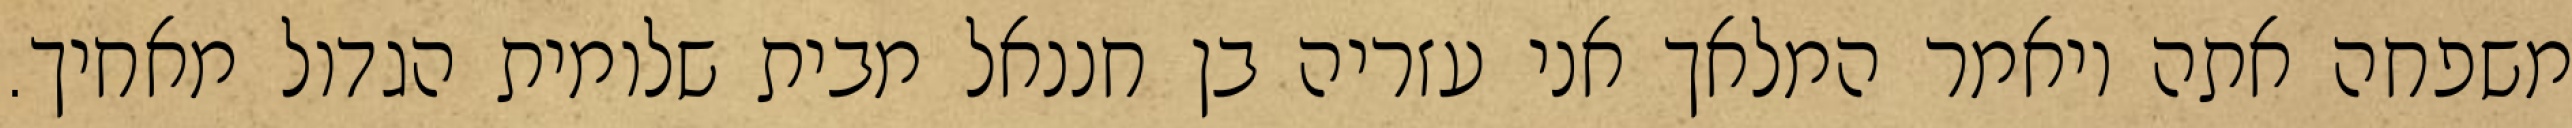
משפחה אתה ויאמר המלאך אני עזריה בן חננאל מבית שלומית הגדול מאחיך.